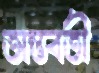
অন্তবর্তী